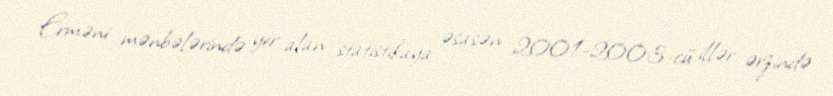
Erməni mənbələrində yer alan statistikaya əsasən 2001-2003-cü illər ərzində